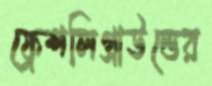
ফ্রেশলিগ্রাউন্ডের